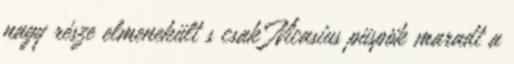
nagy része elmenekült s csak Nicasius püspök maradt a